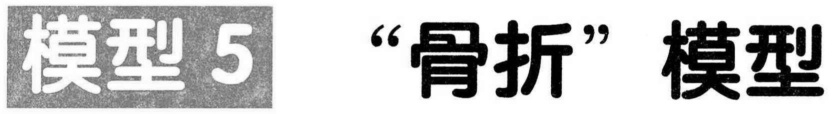
模型 5 “骨折” 模型